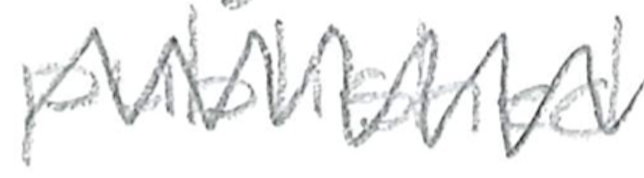
Text: published
Cross-out: zig-zag
Writing tool: pencil